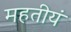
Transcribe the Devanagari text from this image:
महतीयं